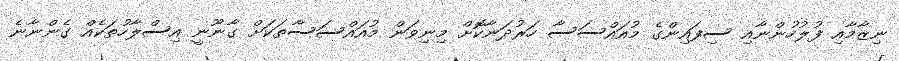
ނިޒާމާއި ފުލުހުންނާއި ސިފައިންގެ މުއައްސަސާ ހަރުދަނާކޮށް މިނިވަން މުއައްސަސާތަކަށް ގާނޫނީ އިސްލާހުތަކެއް ގެންނާނެ